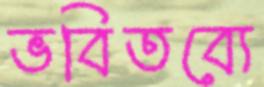
ভবিতব্যে